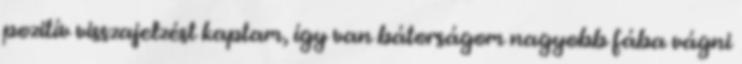
pozitív visszajelzést kaptam, így van bátorságom nagyobb fába vágni